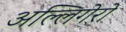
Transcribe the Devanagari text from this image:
अल्लिगेरो